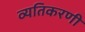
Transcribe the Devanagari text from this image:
व्यतिकरणी